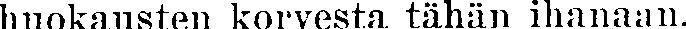
huokausten korvesta tähän ihanaan.